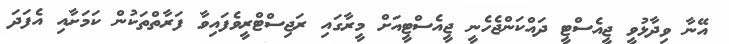
އޭނާ ވިދާޅުވީ ޖީއެސްޓީ ދައްކަންޖެހެނީ ޖީއެސްޓީއަށް މީރާގައި ރަޖިސްޓްރީވެފައިވާ ފަރާތްތަކުން ކަމަށާއި އެފަދަ